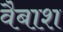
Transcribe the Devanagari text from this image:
वैबाश